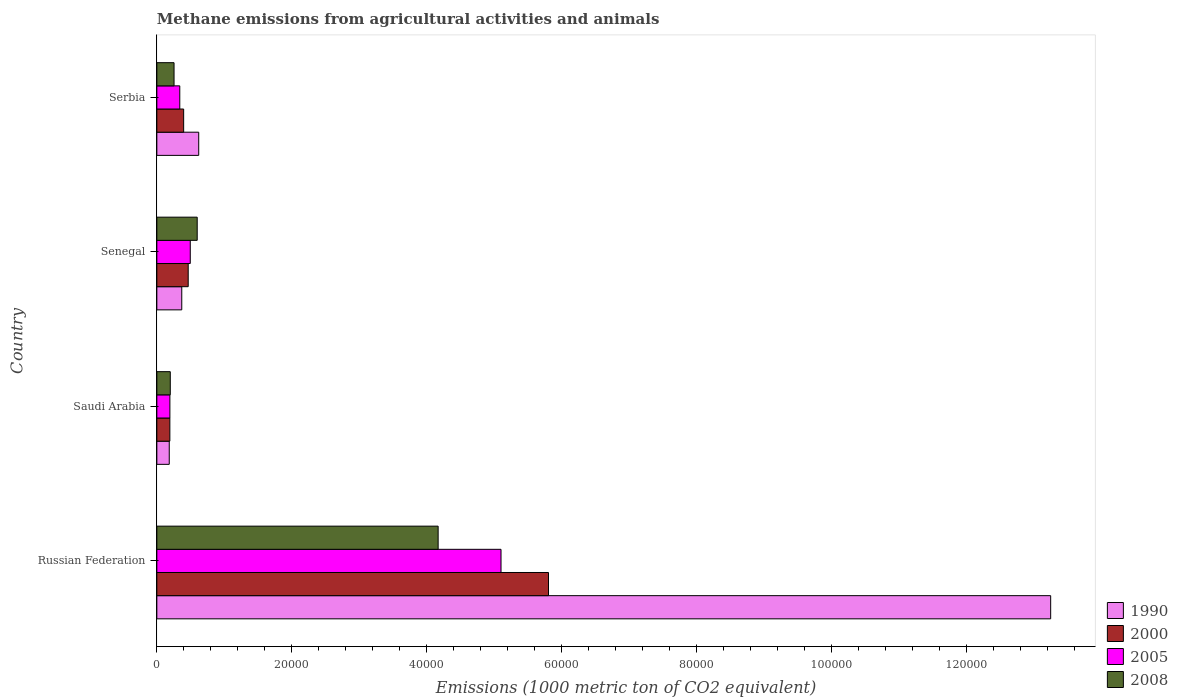
| Country | 1990 | 2000 | 2005 | 2008 |
 | --- | --- | --- | --- | --- |
 | Russian Federation | 1.33e+05 | 5.81e+04 | 5.1e+04 | 4.17e+04 |
 | Saudi Arabia | 1.84e+03 | 1.93e+03 | 1.93e+03 | 1.99e+03 |
 | Senegal | 3.7e+03 | 4.65e+03 | 4.96e+03 | 5.98e+03 |
 | Serbia | 6.21e+03 | 3.98e+03 | 3.4e+03 | 2.55e+03 |